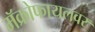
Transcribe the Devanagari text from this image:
मॅक्रोफायलवर